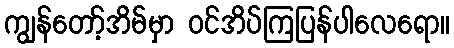
ကျွန်တော့်အိမ်မှာ ဝင်အိပ်ကြပြန်ပါလေရော။